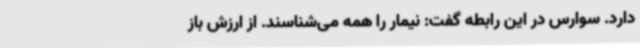
دارد. سوارس در این رابطه گفت: نیمار را همه می‌شناسند. از ارزش باز